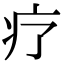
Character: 疗